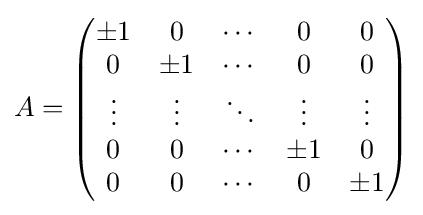
A={\begin{pmatrix}\pm 1&0&\cdots &0&0\\0&\pm 1&\cdots &0&0\\\vdots &\vdots &\ddots &\vdots &\vdots \\0&0&\cdots &\pm 1&0\\0&0&\cdots &0&\pm 1\end{pmatrix}}